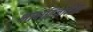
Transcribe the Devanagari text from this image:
भाषाविज्ञानेतर